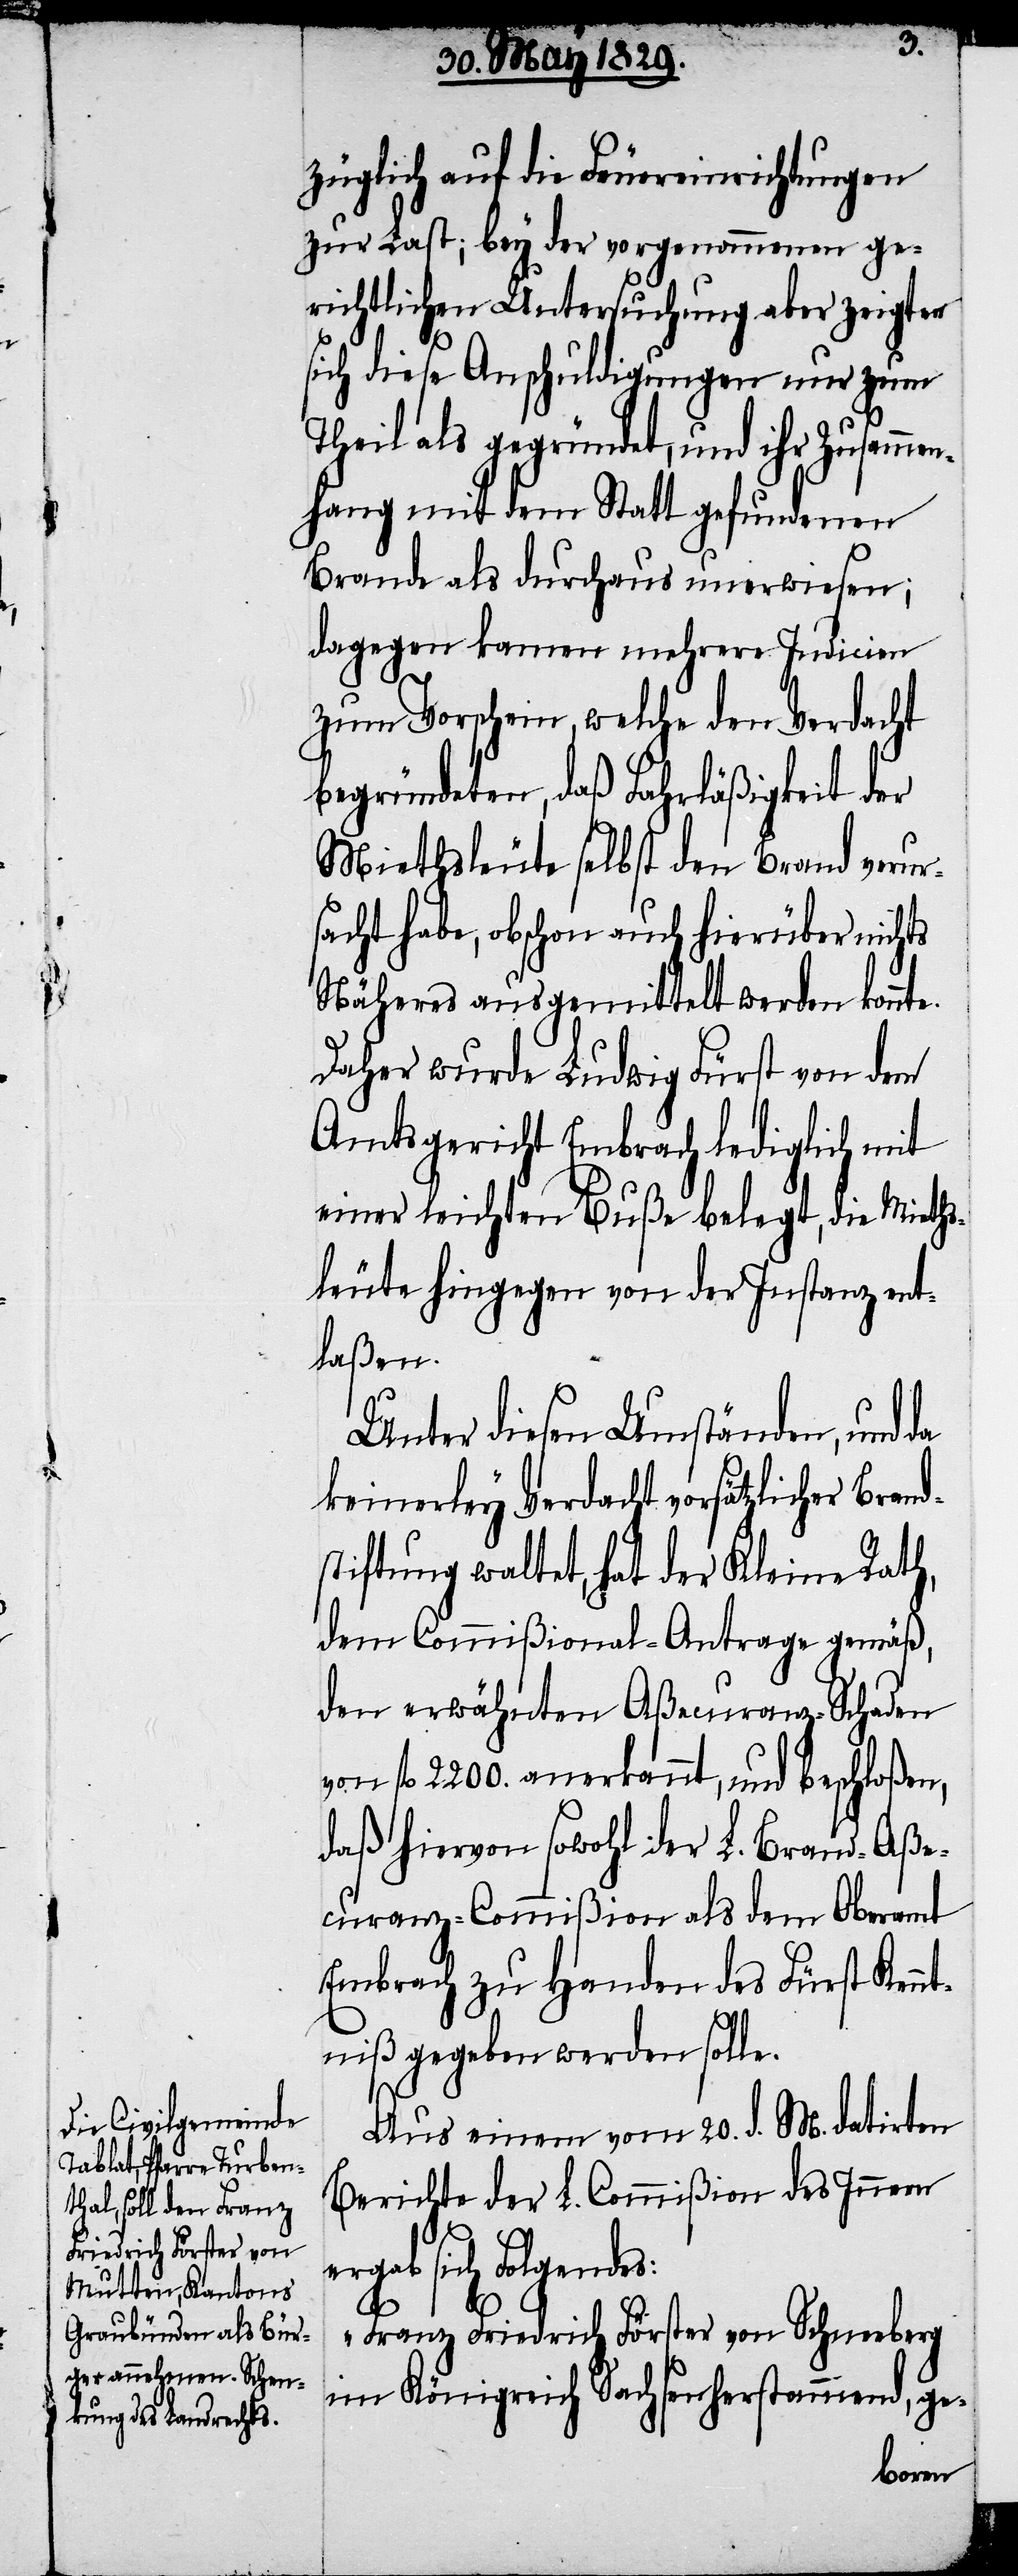
züglich auf die Feuereinrichtungen
zur Last; bey der vorgenommenen ge¬
richtlichen Untersuchung aber zeigten
sich diese Anschuldigungen nur zum
Theil als gegründet, und ihr Zusamme¬
nhang mit dem Statt gefundenen
Brande als durchaus unerwiesen;
dagegen kamen mehrere Indicien
e¬
zum Vorschein, welche den Verdacht
begründeten, daß Fahrläßigkeit der
Miethsleute selbst den Brand verur¬
sacht habe, obschon auch hierüber nichts
Näheres ausgemittelt werden konn¬
Daher wurde Ludwig Fürst von dem
Amtsgericht Embrach lediglich mit
leute hingegen von der Instanz ent¬
laßen.
Unter diesen Umständen, und da
keinerley Verdacht vorsätzlicher Brand¬
stiftung waltet, hat der KleineRath,
dem Commißional-Antrage gemäß,
den erwähnten Aßecuranz-Schaden
von fl. 2200. anerkannt, und beschloßen,
daß hiervon sowohl der L. Brand-Aße¬
curanz-Commißion als dem Oberamt
Embrach zu Handen des Fürst Kennt¬
niß gegeben werden solle.
Aus einem vom 20. d. M. datirten
Berichte der L. Commißion des Innern
rgab sich Folgendes:
„Franz Friedrich Förster von Schneeberg
im Königreich Sachsen herstammend, ge-
bel¬